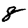
Digit: 8